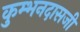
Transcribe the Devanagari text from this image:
कुम्भनदासजी